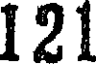
121